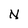
Character: N